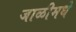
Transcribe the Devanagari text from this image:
जाळीमधे